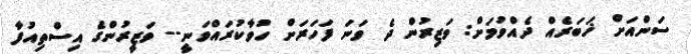
ސަންއަށް ޚަބަރެއް ދެއްވުމަށް: ވަޒިރުން ދެ ވަނަ ފަހަރަށް ހުވާކުރައްވަނީ-- ވަޒީރުންގެ އިސްތިއުފާ